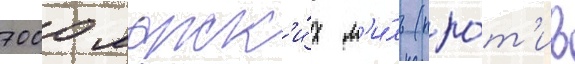
7000 морск'и́х м'и́ль (про́т'ив